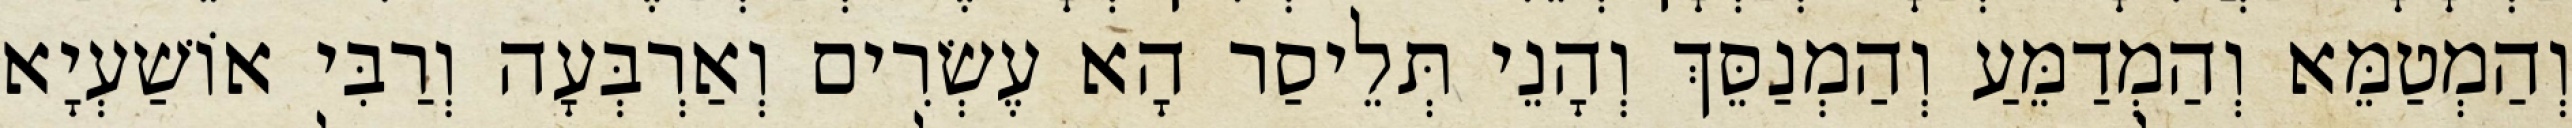
וְהַמְטַמֵּא וְהַמְדַמֵּעַ וְהַמְנַסֵּךְ וְהָנֵי תְּלֵיסַר הָא עֶשְׂרִים וְאַרְבְּעָה וְרַבִּי אוֹשַׁעְיָא